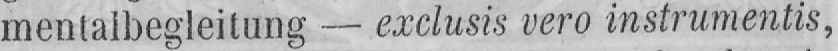
mentalbegleitung - exclusis vero instrumentis,